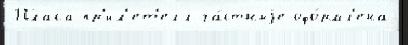
Пласа пр'ил'ет'елл ча́стныjе офо́рмл'ена